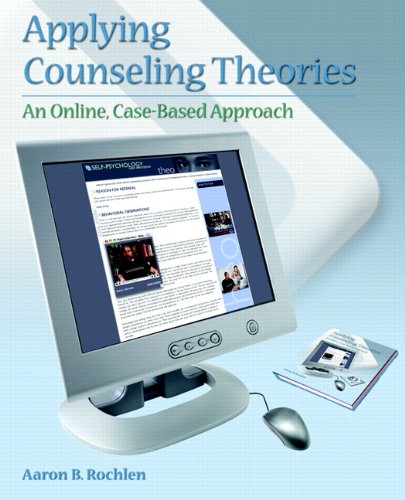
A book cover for Applying Counseling Theories: An Online, Case-Based Approach; Aaron B. Rochlen; Education & Teaching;